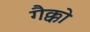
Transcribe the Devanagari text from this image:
गैक्को